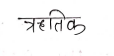
मजकूर: ऋतिक